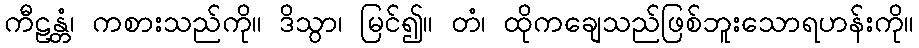
ကီဠန္တံ၊ ကစားသည်ကို။ ဒိသွာ၊ မြင်၍။ တံ၊ ထိုကချေသည်ဖြစ်ဘူးသောရဟန်းကို။